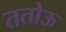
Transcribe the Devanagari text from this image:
ततोऊ